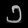
Digit: ၁